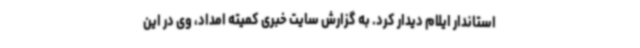
استاندار ایلام دیدار کرد. به گزارش سایت خبری کمیته امداد، وی در این